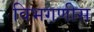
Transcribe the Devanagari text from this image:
विभगणीस